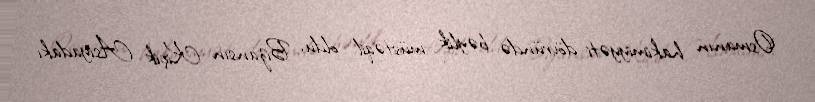
Osmanın hakimiyyəti dövründə bəylik müstəqil oldu, Bizansın Kiçik Asiyadakı